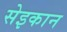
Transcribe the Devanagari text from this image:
सेइकान